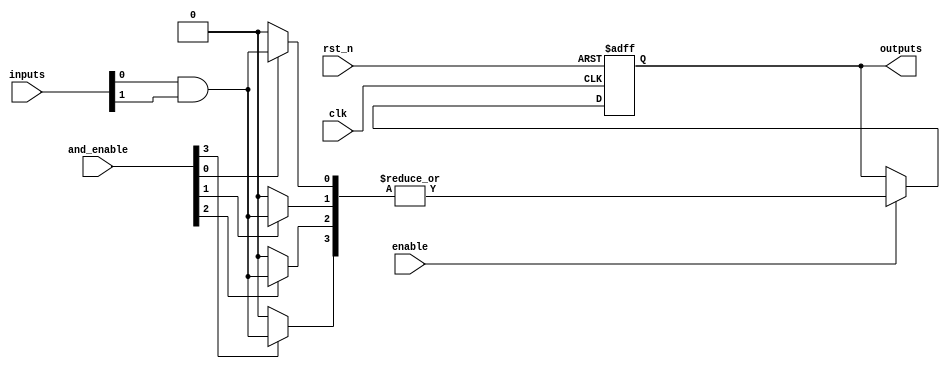
module RPAL #(
    parameter NUM_INPUTS = 4,      // Number of input signals
    parameter NUM_AND_TERMS = 4,   // Number of product terms from AND array
    parameter OUTPUT_WIDTH = 1      // Width of the output
)(
    input wire [NUM_INPUTS-1:0] inputs,       // Input signals
    input wire [NUM_AND_TERMS-1:0] and_enable, // Control signals for AND array
    input wire clk,                            // Clock signal
    input wire rst_n,                          // Active low reset
    input wire enable,                         // Enable signal for registers
    output reg [OUTPUT_WIDTH-1:0] outputs      // Output signals
);

    // Internal wires for AND terms
    wire [NUM_AND_TERMS-1:0] and_terms;

    // Programmable AND array
    genvar i;
    generate
        for (i = 0; i < NUM_AND_TERMS; i = i + 1) begin : and_array
            assign and_terms[i] = and_enable[i] ? (inputs[0] & inputs[1]) : 1'b0; // Example logic
        end
    endgenerate

    // Fixed OR array
    wire or_output;
    assign or_output = |and_terms; // ORing all AND terms

    // Registers to store the output
    always @(posedge clk or negedge rst_n) begin
        if (!rst_n) begin
            outputs <= {OUTPUT_WIDTH{1'b0}}; // Reset output
        end else if (enable) begin
            outputs <= or_output; // Latch the output
        end
    end

endmodule